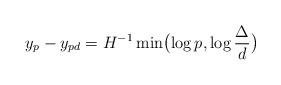
LaTeX: \begin{align*} y_p-y_{pd}=H^{-1}\min\bigl(\log p, \log\frac{\Delta}{d}\bigr)\end{align*}